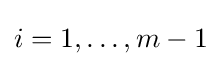
i=1,\dots ,m-1